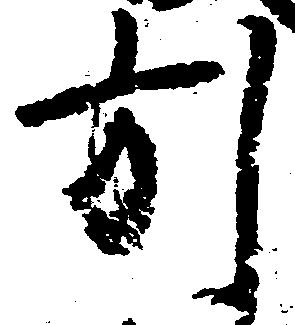
引